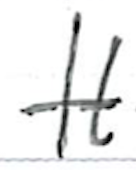
Text: It
Cross-out: single-line
Writing tool: ballpoint